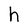
Character: h